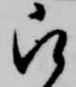
被